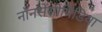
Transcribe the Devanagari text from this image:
नॉनसेंसोपिडिया